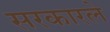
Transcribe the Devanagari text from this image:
सरकारले